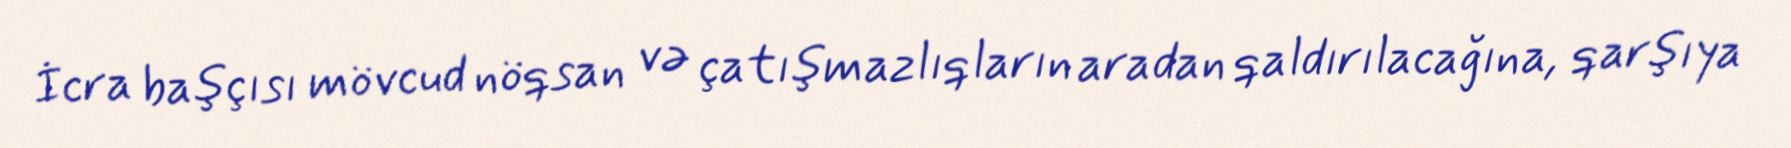
İcra başçısı mövcud nöqsan və çatışmazlıqların aradan qaldırılacağına, qarşıya